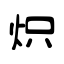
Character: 炽